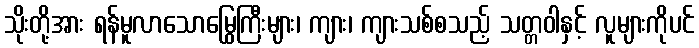
သိုးတို့အား ရန်မူလာသောမြွေကြီးများ၊ ကျား၊ ကျားသစ်စသည့် သတ္တဝါနှင့် လူများကိုပင်